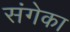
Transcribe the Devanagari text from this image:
संगेका